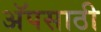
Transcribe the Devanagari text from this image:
अॅपसाठी